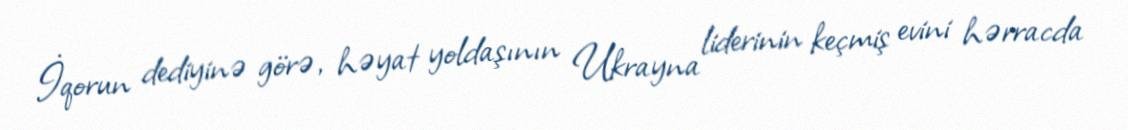
İqorun dediyinə görə, həyat yoldaşının Ukrayna liderinin keçmiş evini hərracda